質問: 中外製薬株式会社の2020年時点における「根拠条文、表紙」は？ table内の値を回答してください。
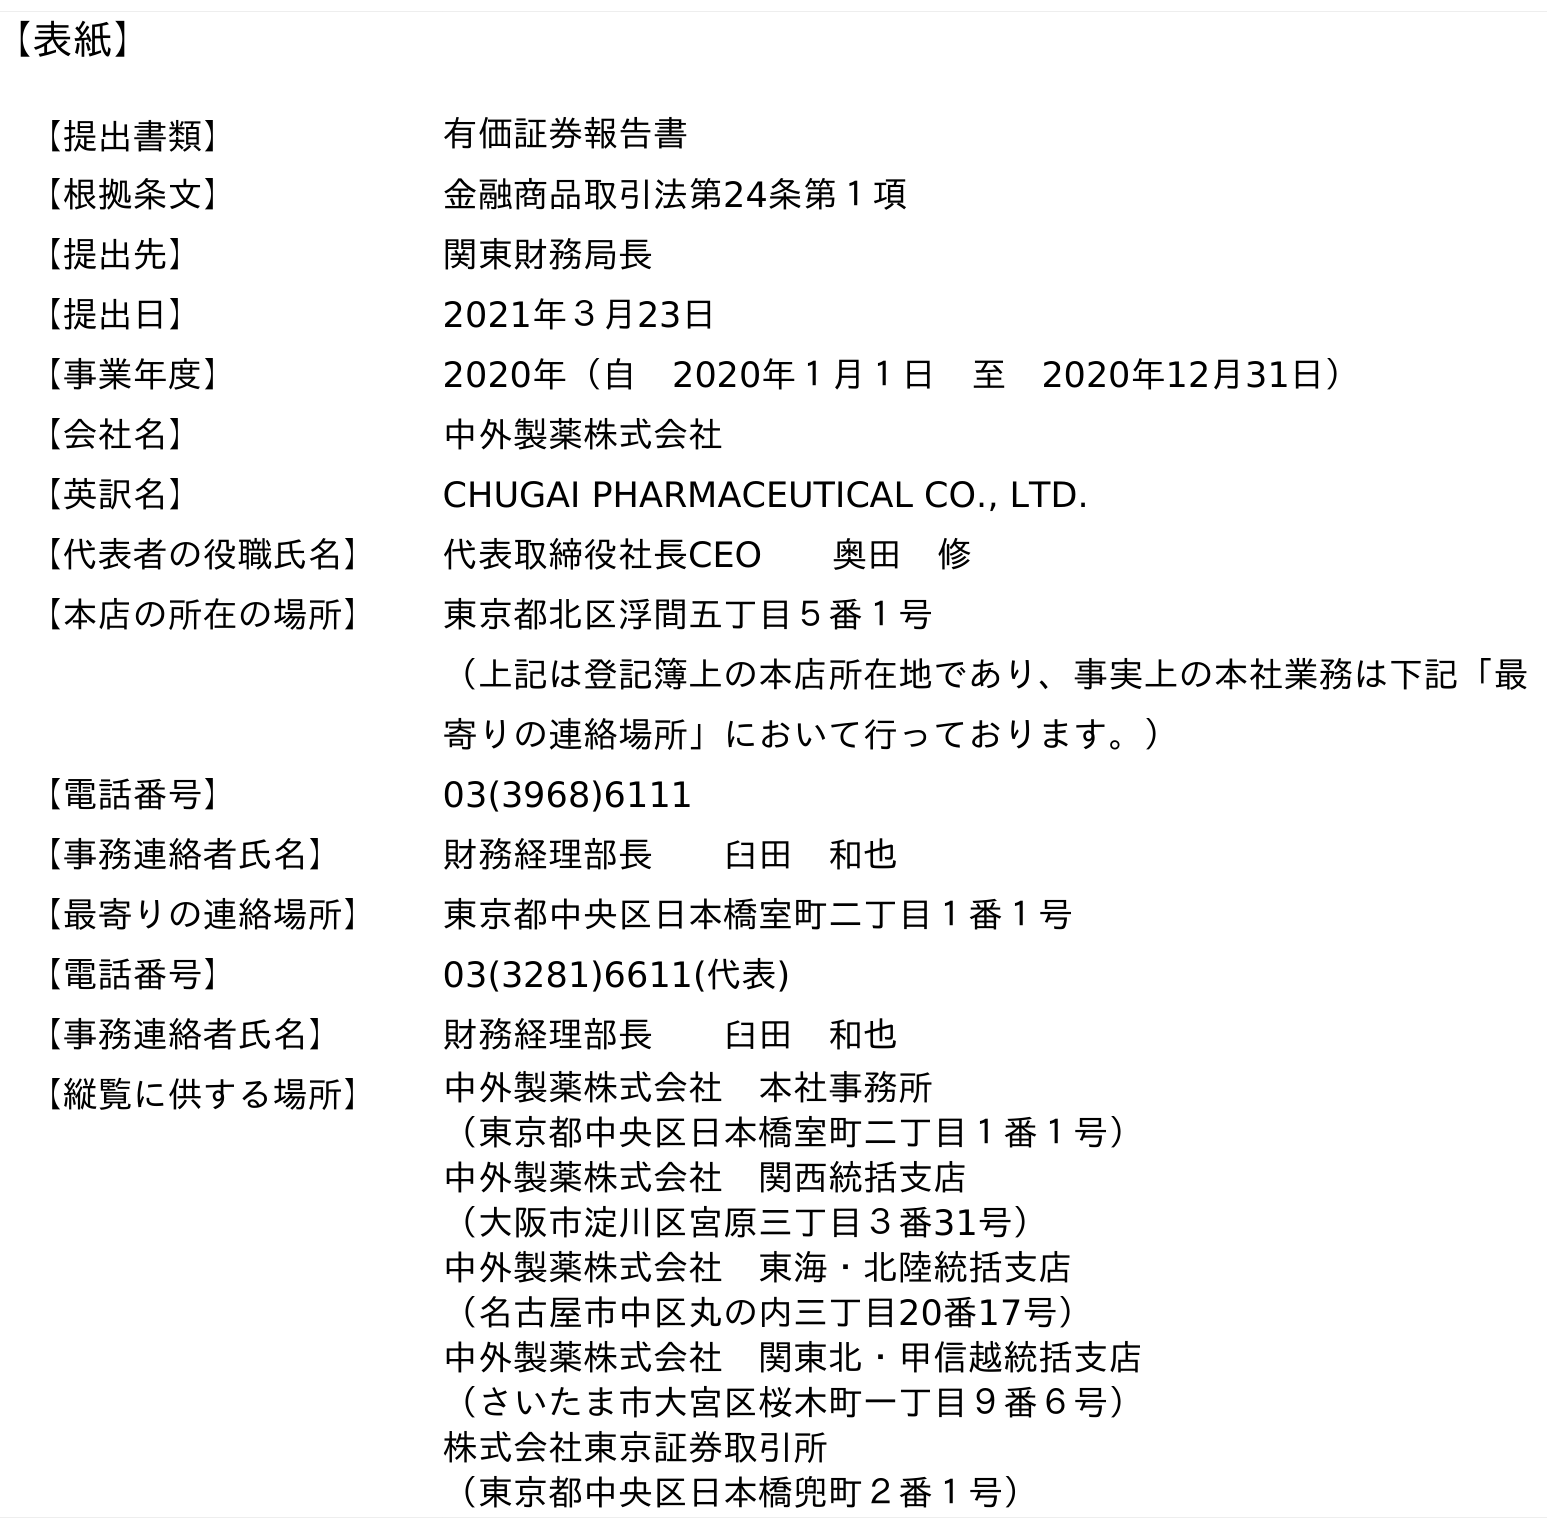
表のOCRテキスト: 【表紙】 【提出書類】 有価証券報告書 【根拠条文】 金融商品取引法第24条第１項 【提出先】 関東財務局長 【提出日】 2021年３月23日 【事業年度】 2020年（自 2020年１月１日 至 2020年12月31日） 【会社名】 中外製薬株式会社 【英訳名】 CHUGAI PHARMACEUTICAL CO., LTD. 【代表者の役職氏名】 代表取締役社長CEO  奥田 修 【本店の所在の場所】 東京都北区浮間五丁目５番１号 （上記は登記簿上の本店所在地であり、事実上の本社業務は下記「最 寄りの連絡場所」において行っております。） 【電話番号】 03(3968)6111 【事務連絡者氏名】 財務経理部長  臼田 和也 【最寄りの連絡場所】 東京都中央区日本橋室町二丁目１番１号 【電話番号】 03(3281)6611(代表) 【事務連絡者氏名】 財務経理部長  臼田 和也 【縦覧に供する場所】 中外製薬株式会社 本社事務所 （東京都中央区日本橋室町二丁目１番１号） 中外製薬株式会社 関西統括支店 （大阪市淀川区宮原三丁目３番31号） 中外製薬株式会社 東海・北陸統括支店 （名古屋市中区丸の内三丁目20番17号） 中外製薬株式会社 関東北・甲信越統括支店 （さいたま市大宮区桜木町一丁目９番６号） 株式会社東京証券取引所 （東京都中央区日本橋兜町２番１号）
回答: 金融商品取引法第24条第１項